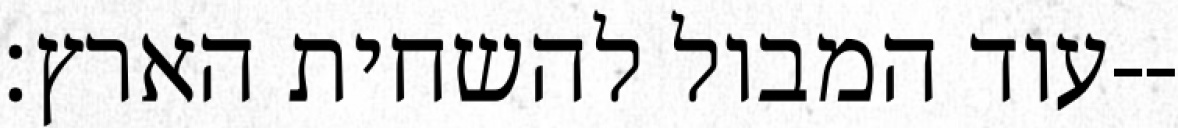
עוד המבול להשחית הארץ׃--